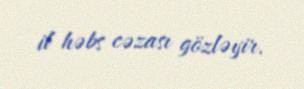
il həbs cəzası gözləyir.